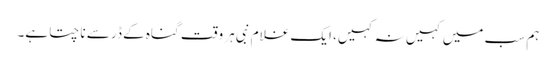
ہم سب میں کہیں نہ کہیں، ایک غلام نبی ہر وقت گناہ کے ڈر سے ناچتا ہے۔